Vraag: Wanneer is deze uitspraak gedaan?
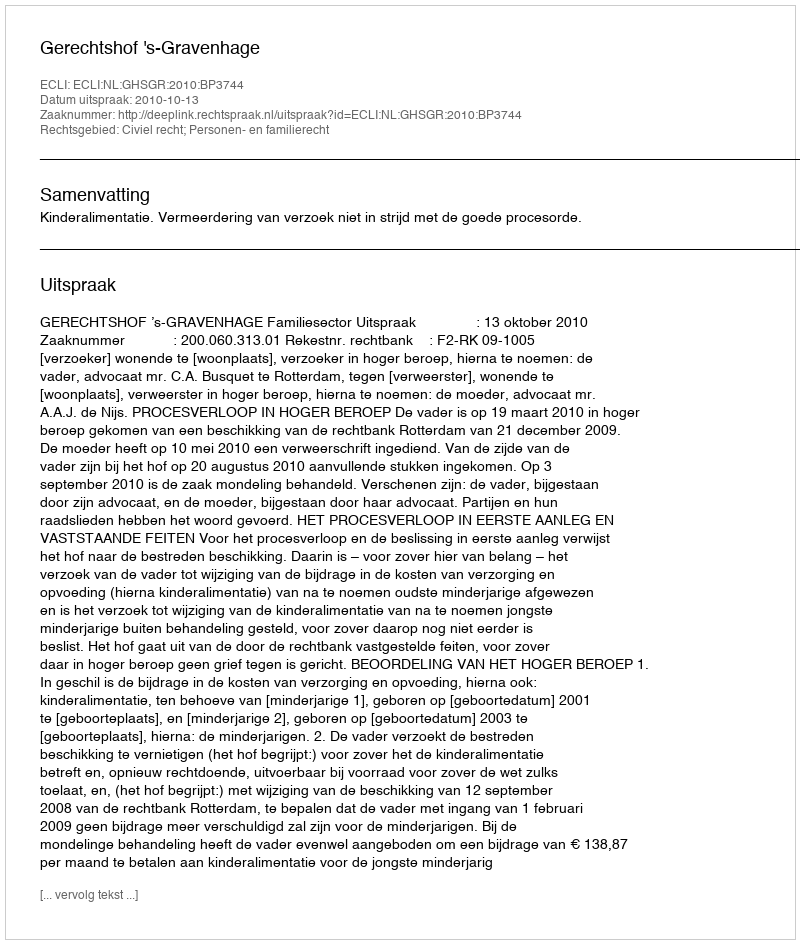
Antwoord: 2010-10-13